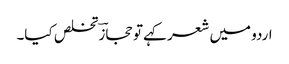
اردو میں شعر کہے تو حجازؔ تخلص کیا۔